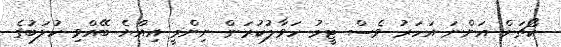
ކޯޗަށް އަންނަ އަހަރު ވެސް ޓީމު ހަވާލުކުރަން ނިންމީ އިއްޔެ ބޭއްވި ކުލަބުގެ